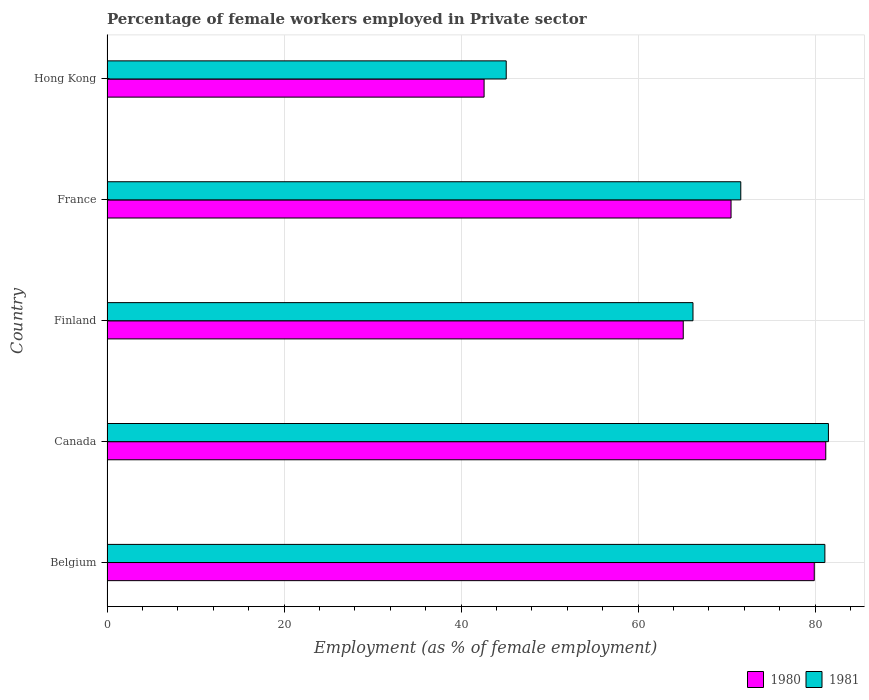
| Country | 1980 | 1981 |
 | --- | --- | --- |
 | Belgium | 79.9 | 81.1 |
 | Canada | 81.2 | 81.5 |
 | Finland | 65.1 | 66.2 |
 | France | 70.5 | 71.6 |
 | Hong Kong | 42.6 | 45.1 |